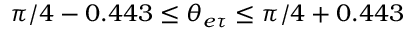
\pi / 4 - 0 . 4 4 3 \leq \theta _ { e \tau } \leq \pi / 4 + 0 . 4 4 3